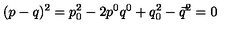
( p - q ) ^ { 2 } = p _ { 0 } ^ { 2 } - 2 p ^ { 0 } q ^ { 0 } + q _ { 0 } ^ { 2 } - \vec { q } ^ { 2 } = 0